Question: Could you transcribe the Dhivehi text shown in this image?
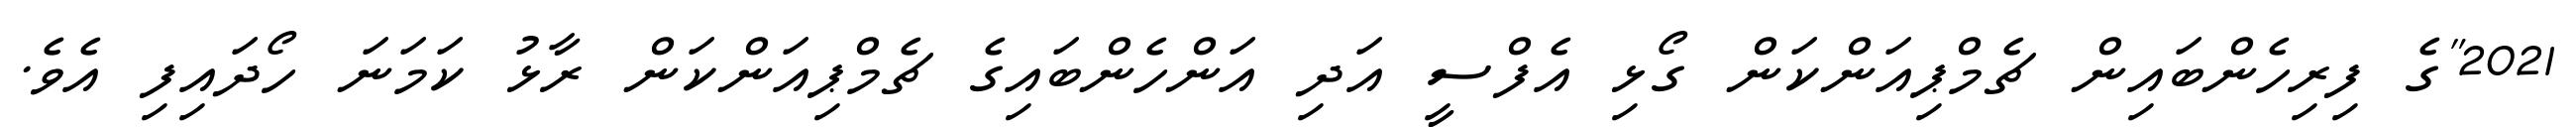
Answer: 2021"ގެ ފިރިހެންބައިން ޗެމްޕިއަންކަން ގޯޅި އެފްސީ އަދި އަންހެންބައިގެ ޗެމްޕިއަންކަން ރާޅު ކަމަނަ ހޯދައިފި އެވެ.